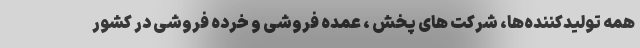
همه تولیدکننده‌ها، شرکت های پخش ، عمده فروشی و خرده فروشی در کشور